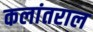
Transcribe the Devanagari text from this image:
कलांतराल